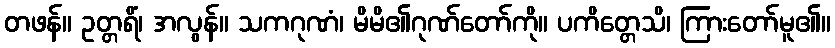
တဖန်။ ဥတ္တရိံ၊ အလွန်။ သကဂုဏံ၊ မိမိ၏ဂုဏ်တော်ကို။ ပကိတ္တေသိ၊ ကြားတော်မူ၏။